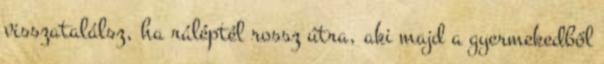
visszatalálsz, ha ráléptél rossz útra, aki majd a gyermekedből